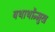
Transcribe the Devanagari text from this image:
यथार्थोंन्मुख